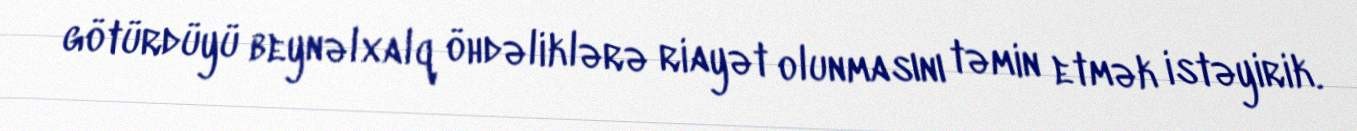
götürdüyü beynəlxalq öhdəliklərə riayət olunmasını təmin etmək istəyirik.